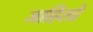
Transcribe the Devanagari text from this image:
जाहिलों